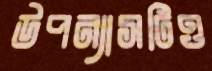
উপন্যাসটিও